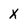
Character: x